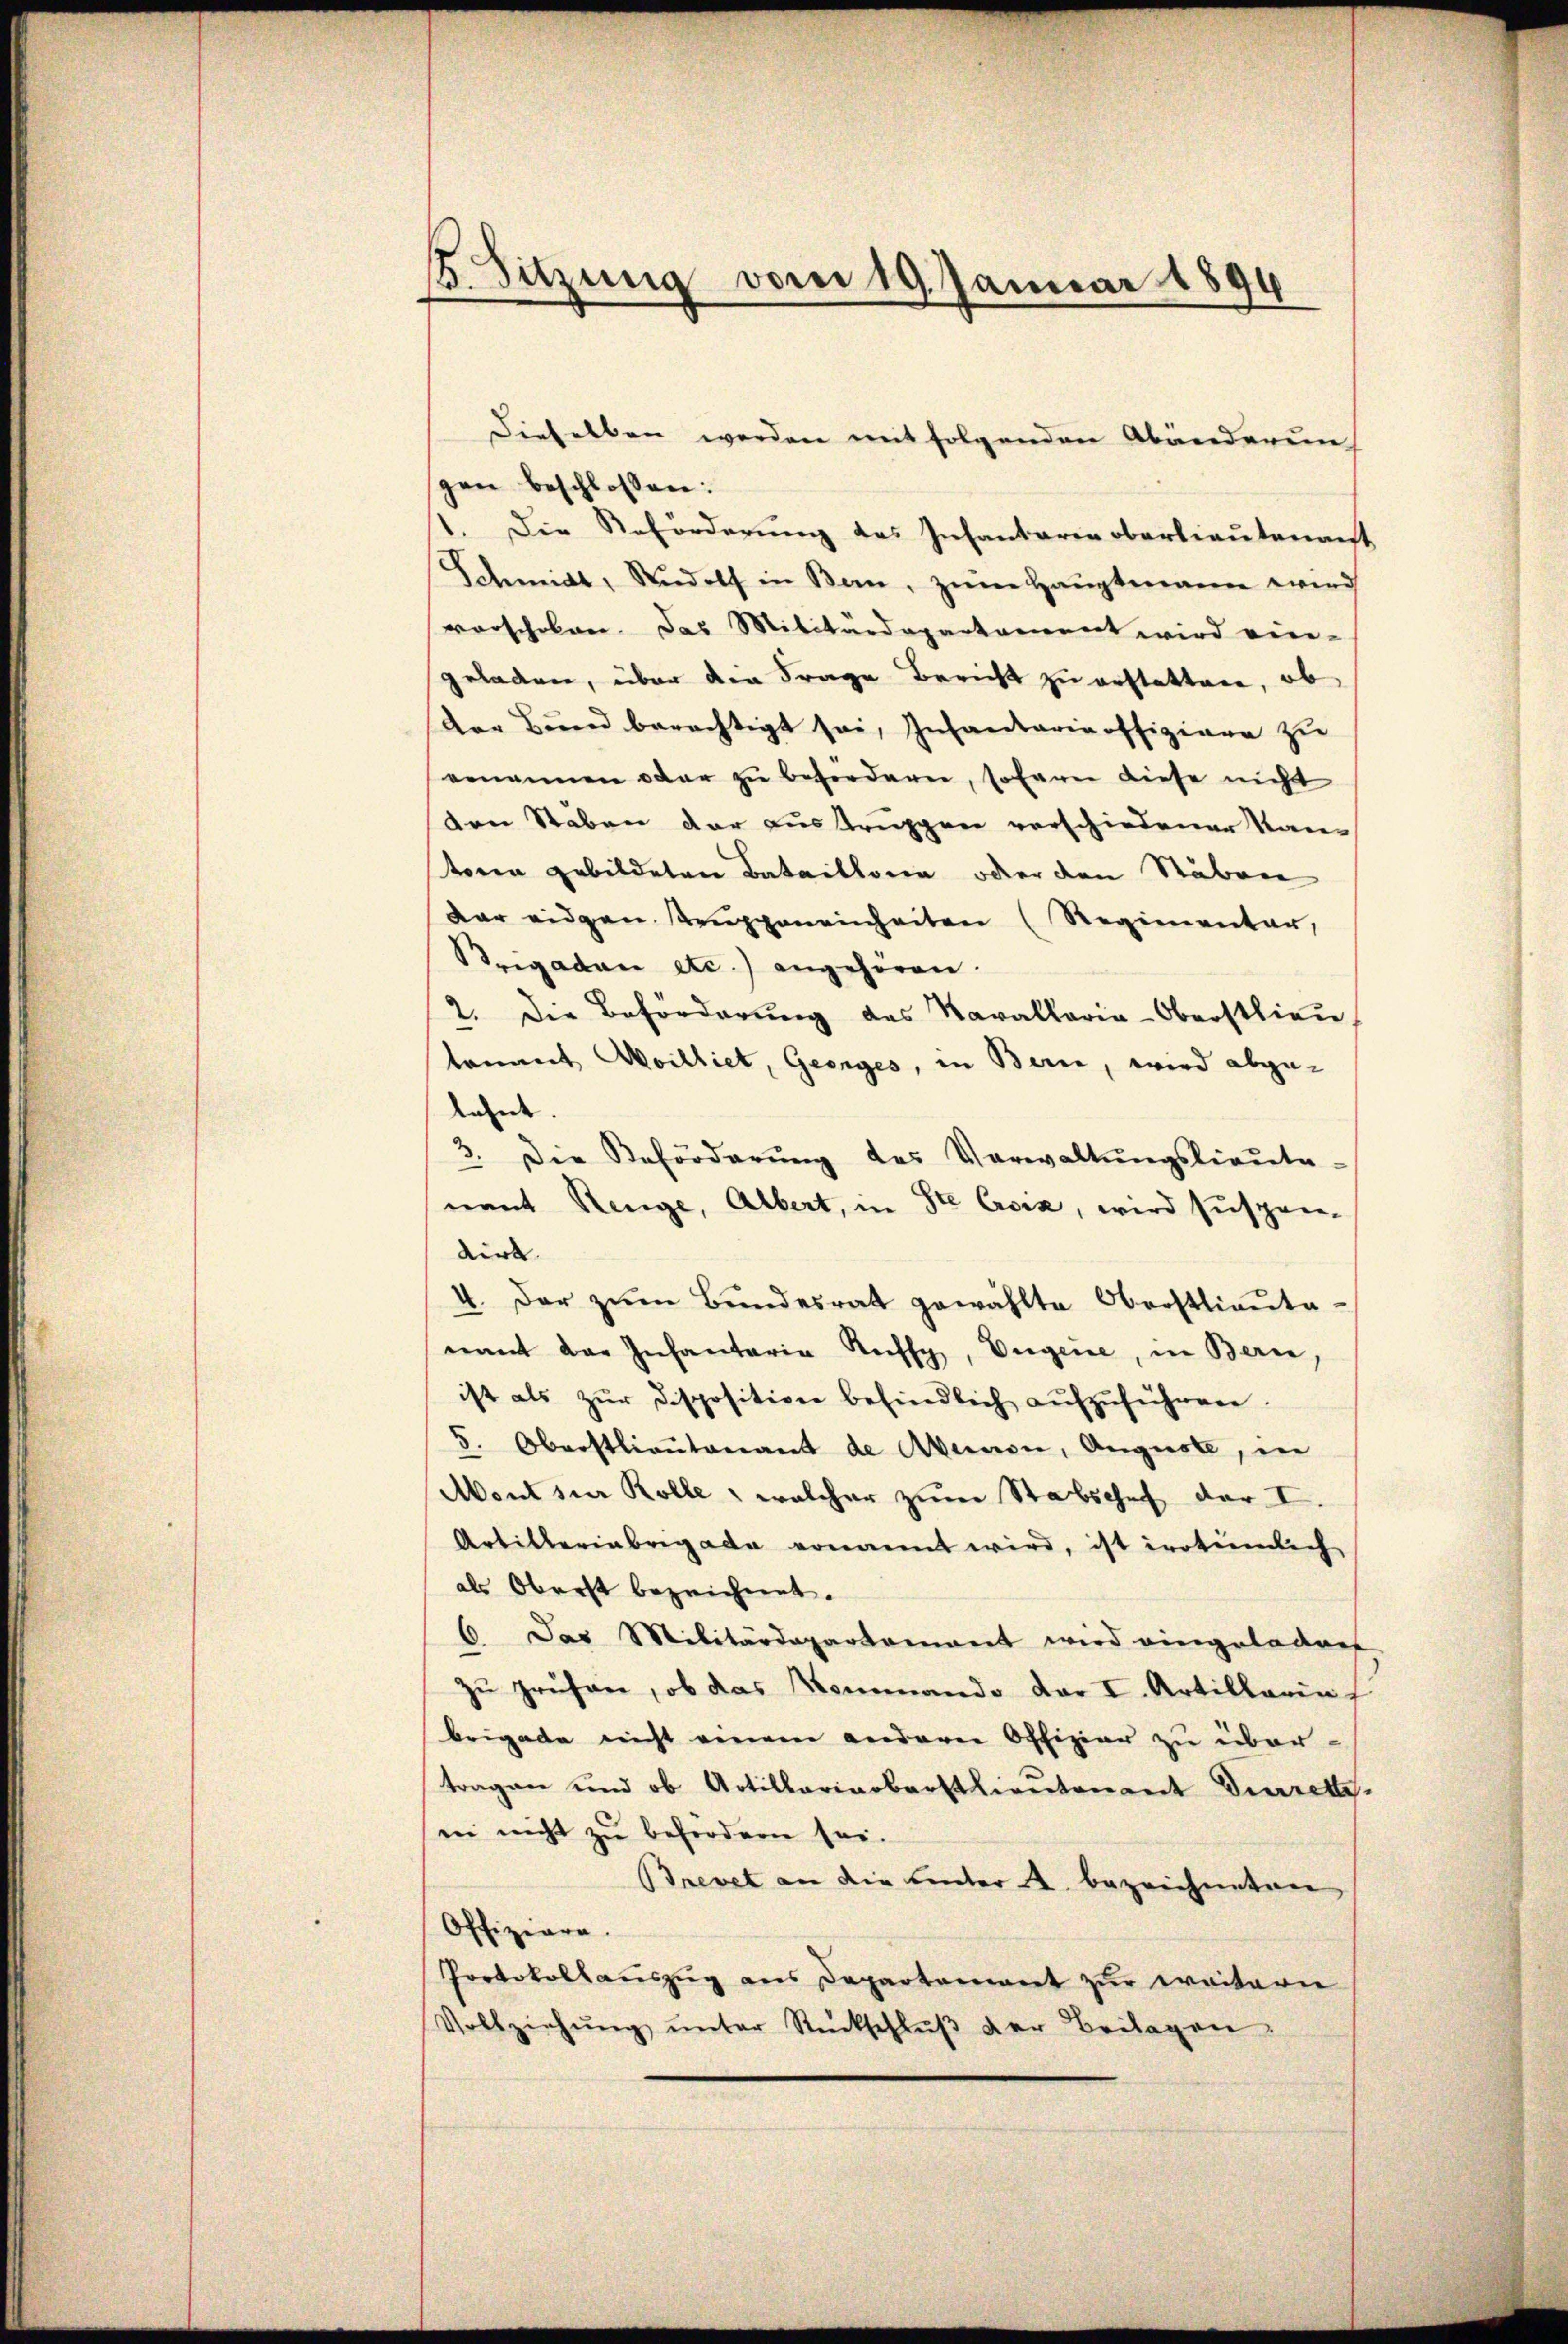
2. Sitzung vom 19. Januar 1894

dieselben werden mit folgenden Abänderun
gen beschlossen:
st. Die Beförderung des Infantarie oberlieutenant
Schmidt, Rŭdolf in Bern, zŭm Haŭptmann wird
vorschoben. Das Militärdepartament wird vier-
geladen, über die Frage Bericht zu erstatten, ob
Der Bŭnd berechtigt sei, Infantaria offiziere zu
emannen oder zŭ befordern, sofern diese nicht
den Staben der austruppen verschiedener Kan-
toren gebildeten Bataillone oder den Stäben
dar eidgen Truppeneinheiten (Regienentar,
Brigaden etc.) angehören.
2. Die Beförderŭng des Karallaria-Oberstlieu
kommt Meilliet, Georges, in Bern, wird abge-
lehnt.
3. Die Beförderŭng des Verwaltŭngsliaŭta-
nant Renge, Albert, in Ste Croix, wird suspen-
wirk
4. Der zŭm Bŭndesrat gewählte Oberstlieŭta-
nant der Infantaria Raffy, Eugene, in Bern,
ist als zŭr disposition befindlich aŭfzŭführen.
5. Oberstlieutenant de Avernen, Auguste, in
Mont sur Kolle, welcher zum Stabschef der I.
Artilleriebrigade ernannt wird, ist irrtümlich
als Oberst bezeichnet.
6. Das Militärdepartement wird eingeladen
zŭ prüfen, ob das Kommando der I. Artillarin
brigade nicht einem anderne Offizier zu über-
tragen und ob Artillariarbarstlieutenant dirrette.
in nicht zu befördern sei.
Brevet an die hinter bezeichneten
Offiziare.
Protokollauszug aus Departement zur weitern
Vollziehŭng ŭnter Rückschlŭβ der Beilagen.